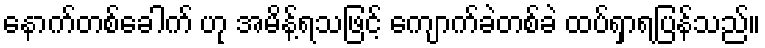
နောက်တစ်ခေါက် ဟု အမိန့်ရသဖြင့် ကျောက်ခဲတစ်ခဲ ထပ်ရှာရပြန်သည်။